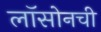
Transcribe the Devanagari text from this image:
लॉसोनची